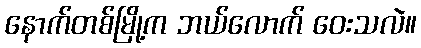
နောက်တစ်မြို့က ဘယ်လောက် ဝေးသလဲ။